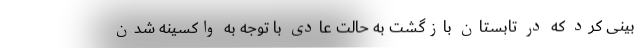
بینی کرد که در تابستان بازگشت به حالت عادی با توجه به واکسینه شدن